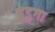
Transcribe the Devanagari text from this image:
हुडुगा